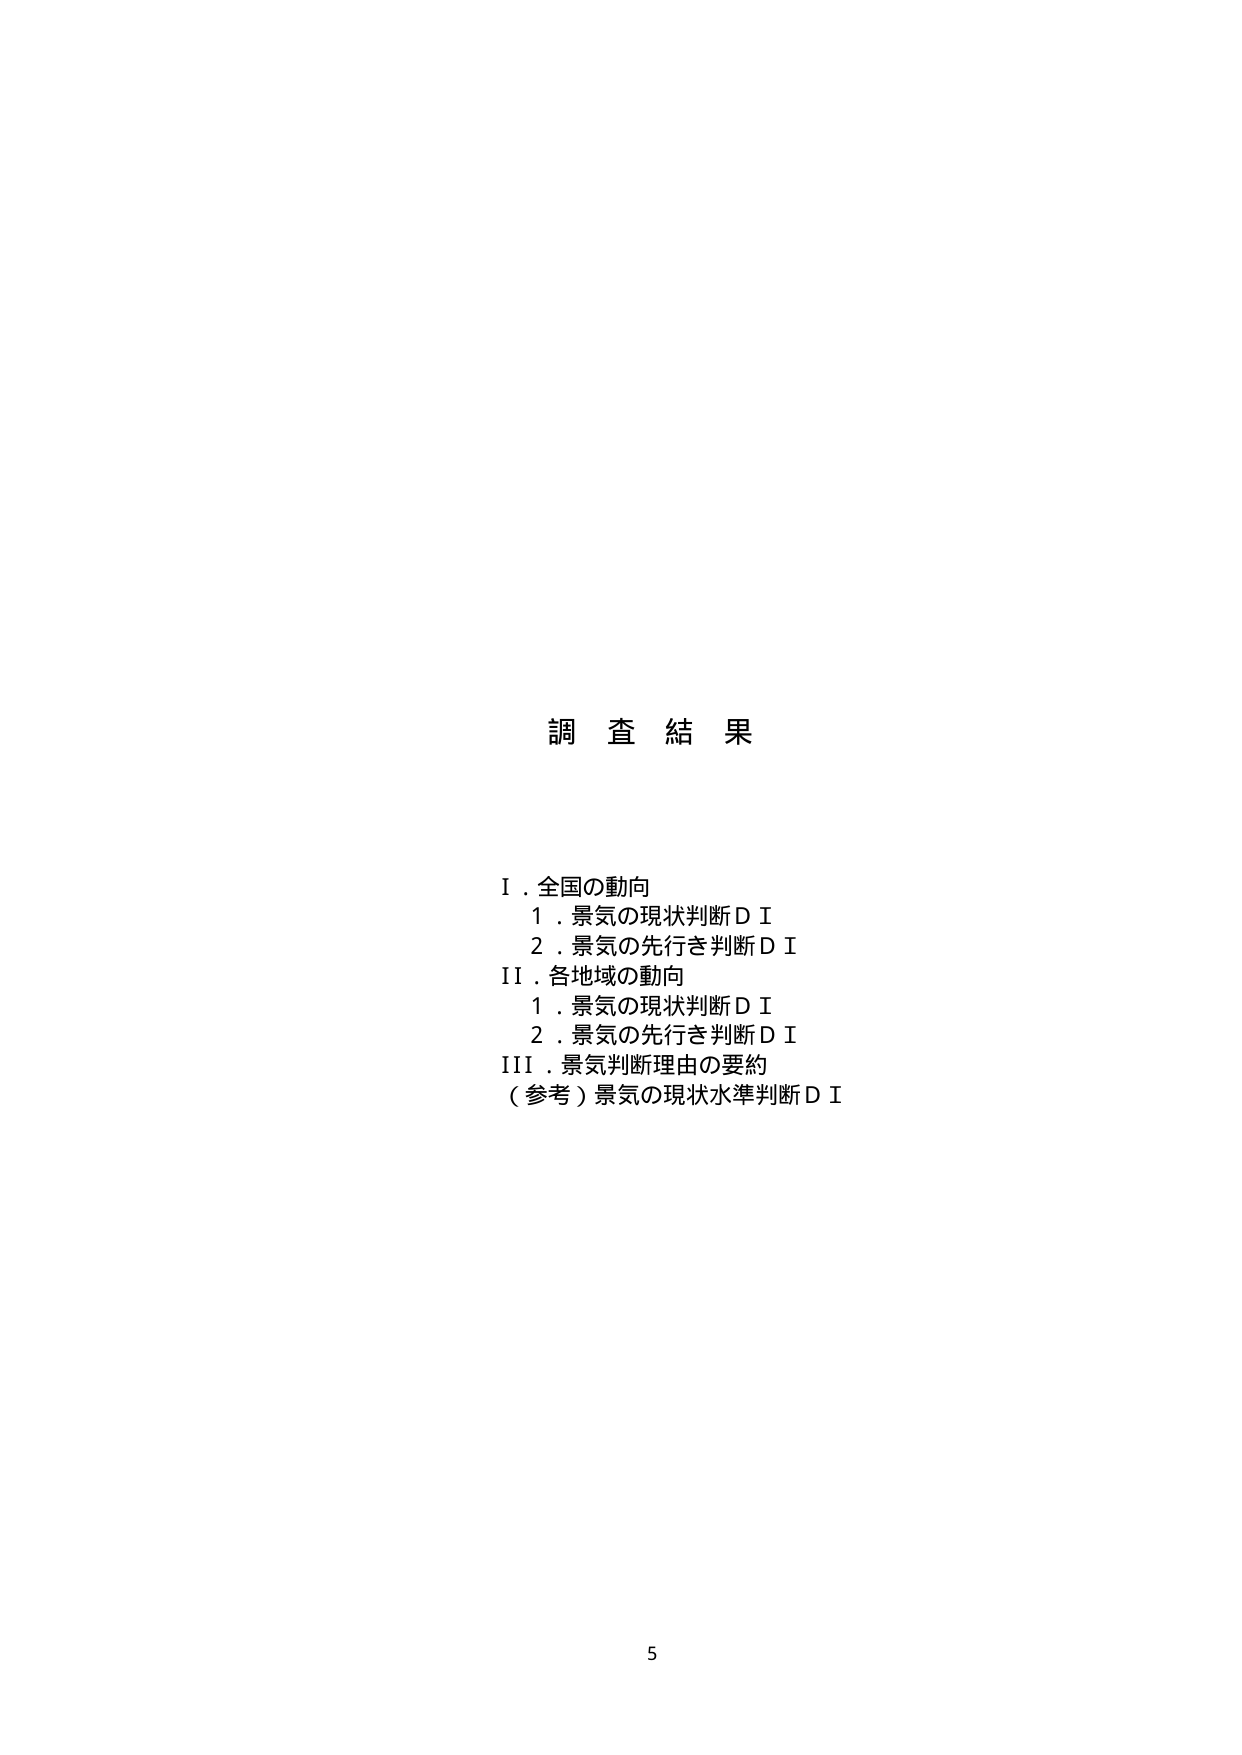
調査結果

I．全国の動向
　1．景気の現状判断ＤＩ
　2．景気の先行き判断ＤＩ
II．各地域の動向
　1．景気の現状判断ＤＩ
　2．景気の先行き判断ＤＩ
III．景気判断理由の要約
（参考）景気の現状水準判断ＤＩ

5